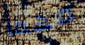
مهما